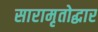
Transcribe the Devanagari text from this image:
सारामृतोद्धार